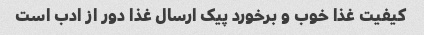
کیفیت غذا خوب و برخورد پیک ارسال غذا دور از ادب است